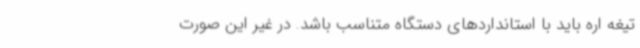
تیغه اره باید با استانداردهای دستگاه متناسب باشد. در غیر این صورت